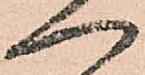
へ